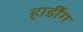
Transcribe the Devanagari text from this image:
हार्डींग